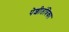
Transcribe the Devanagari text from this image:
पेशीतंत्रिका